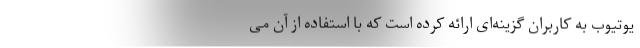
یوتیوب به کاربران گزینه‌ای ارائه کرده است که با استفاده از آن می‌